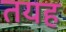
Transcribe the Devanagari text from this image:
तयह